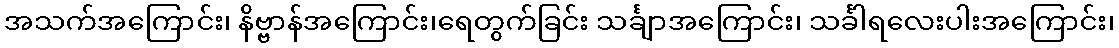
အသက်အကြောင်း၊ နိဗ္ဗာန်အကြောင်း၊ရေတွက်ခြင်း သင်္ချာအကြောင်း၊ သင်္ခါရလေးပါးအကြောင်း၊